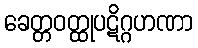
ခေတ္တဝတ္ထုပဋိဂ္ဂဟဏာ